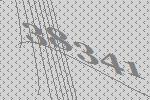
38341